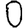
Digit: 0